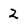
Character: 2